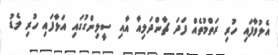
އެލުވާފައި ހުރި ރަތްމުތެއް ފަދަ ޗާންދަލިއާ އާއި ސީލިންގުގައި އަޅާފައި ހުރި ލެޑު